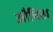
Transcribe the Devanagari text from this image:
औचिता